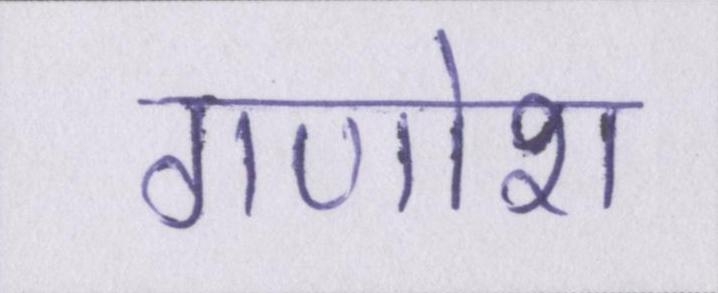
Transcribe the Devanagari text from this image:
गणोश